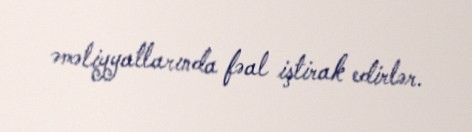
əməliyyatlarında fəal iştirak edirlər.